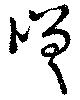
嗟